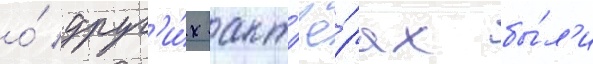
о́ друг'и́х акт'ё́рах бы́л'и